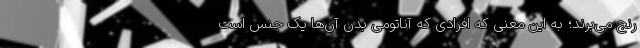
رنج می‌برند؛ به این معنی که افرادی که آناتومی بدن آن‌ها یک جنس است